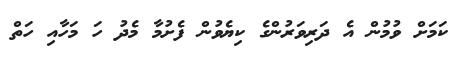
ކަމަށް ވުމުން އެ ދަރިވަރުންގެ ކިޔެވުން ފެށުމާ މެދު ހަ މަހާއި ހަތް